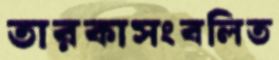
তারকাসংবলিত